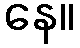
နေ။